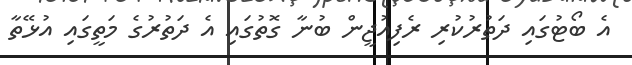
އެ ބޯޓުގައި ދަތުރުކުރި ރެފިއުޖީން ބުނާ ގޮތުގައި އެ ދަތުރުގެ މަތީގައި އުޅޭތާ